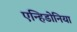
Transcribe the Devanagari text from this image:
एन्हिडोनिया